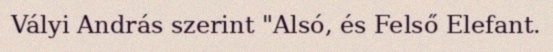
Vályi András szerint "Alsó, és Felső Elefant.